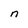
Character: n